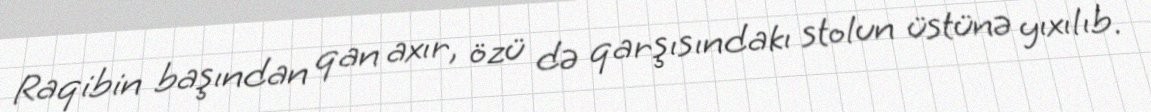
Raqibin başından qan axır, özü də qarşısındakı stolun üstünə yıxılıb.